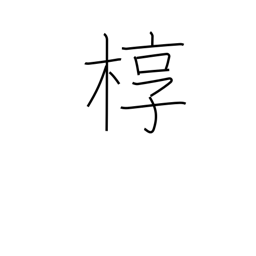
Meaning: outer box for a coffin